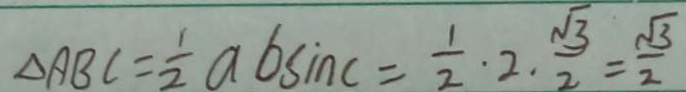
\Delta A B C = \frac { 1 } { 2 } a b \sin c = \frac { 1 } { 2 } \cdot 2 \cdot \frac { \sqrt { 3 } } { 2 } = \frac { \sqrt { 3 } } { 2 }